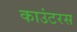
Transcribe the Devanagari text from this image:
काउंटरस